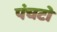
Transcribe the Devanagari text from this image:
पंचटो